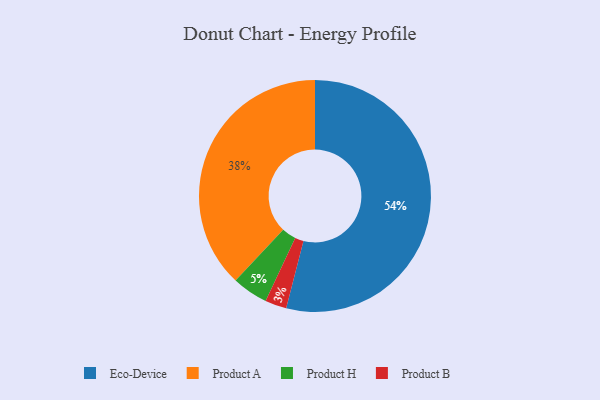
{"axis": {"x": "Category", "y": "Percentage"}, "legend": ["Eco-Device", "Product A", "Product B", "Product H"], "data": [{"x": "Product B", "y": 3, "type": "Product B"}, {"x": "Product A", "y": 38, "type": "Product A"}, {"x": "Eco-Device", "y": 54, "type": "Eco-Device"}, {"x": "Product H", "y": 5, "type": "Product H"}]}